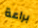
براعة